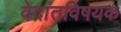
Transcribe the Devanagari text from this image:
वेदांतविषयक